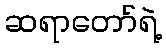
ဆရာတော်ရဲ့